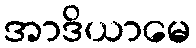
အာဒိယာမေ